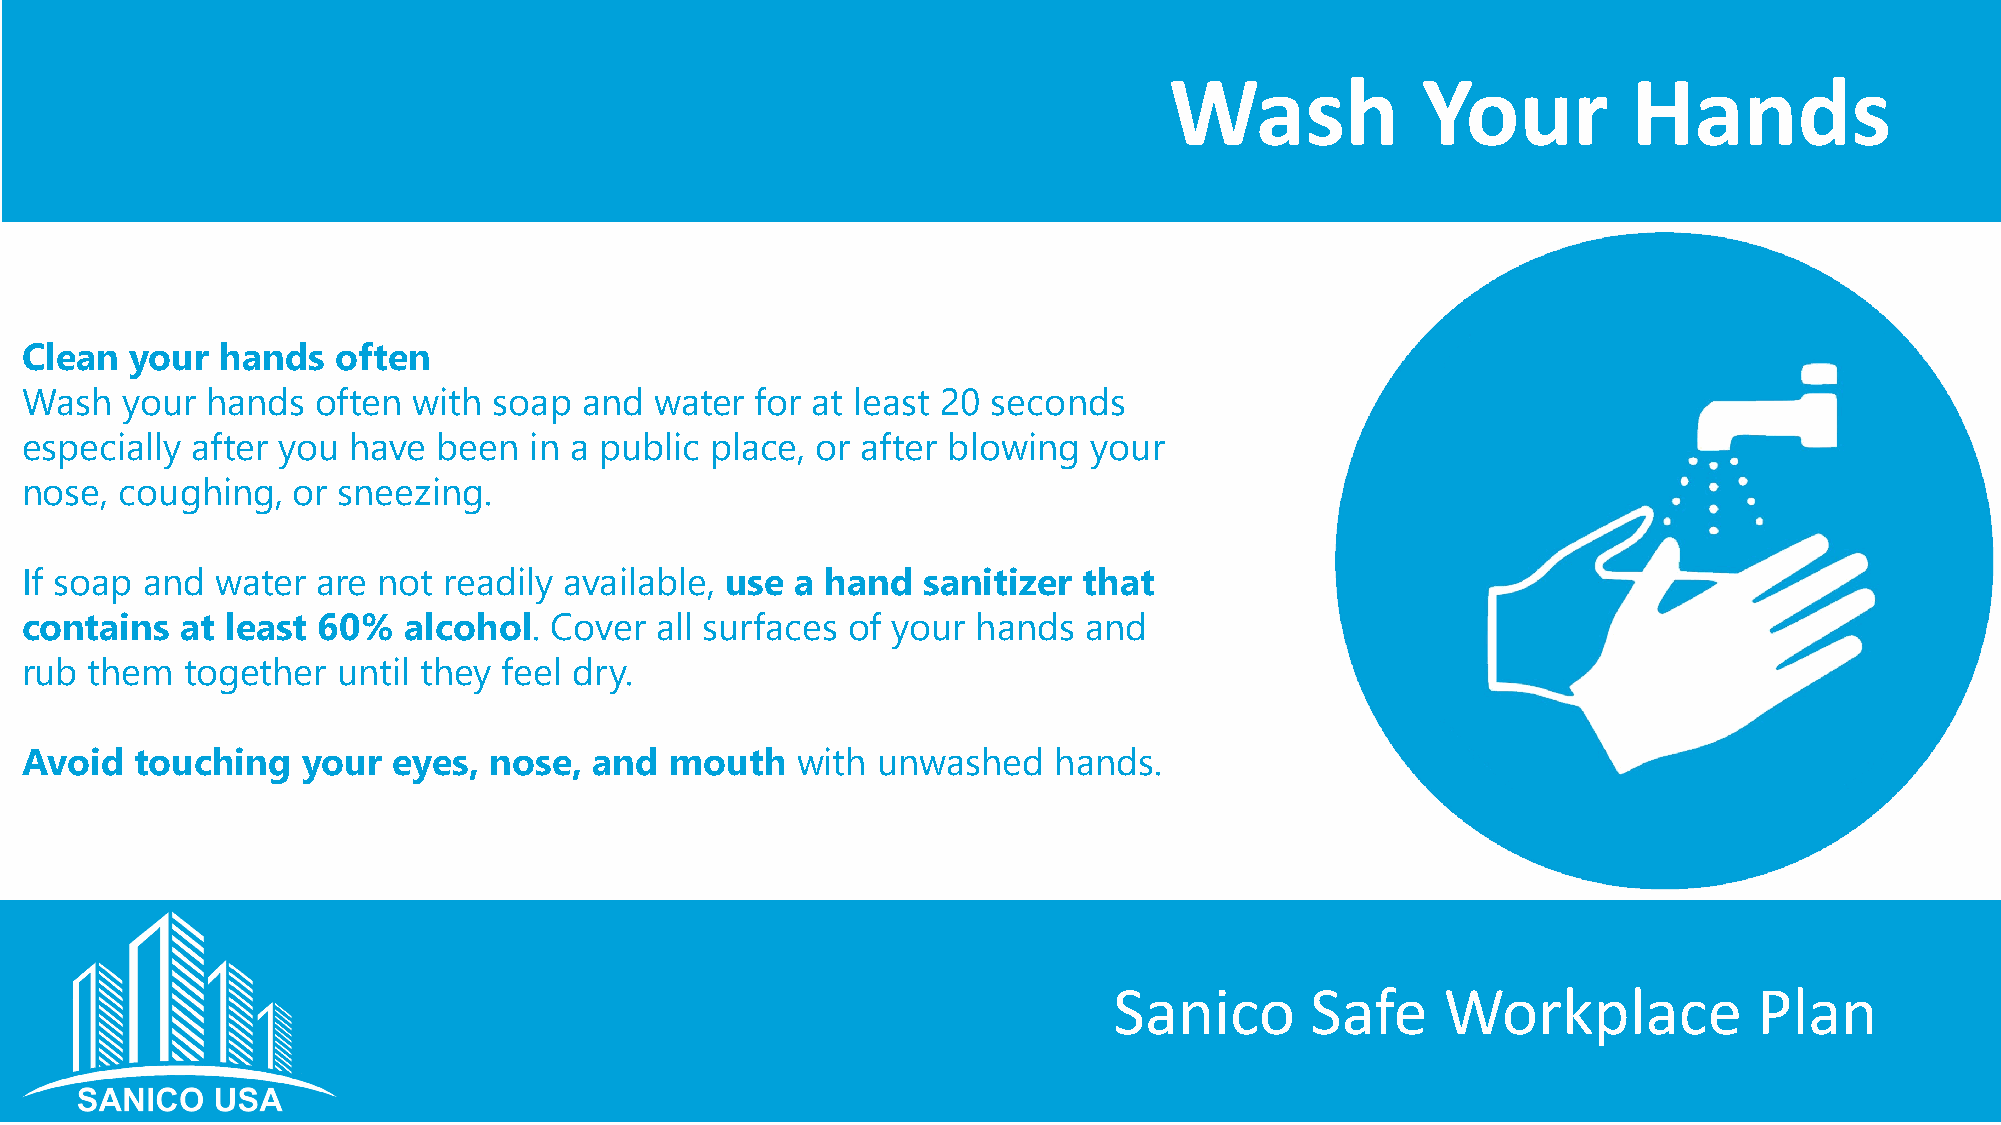
Wash             Your          Hands
 Clean   your  hands  often
 Wash   your  hands  often with  soap and  water  for at least 20 seconds
 especially  after you have  been  in a public place, or after blowing  your
 nose,  coughing,  or sneezing.
 If soap and  water  are not readily available, use  a hand  sanitizer  that
 contains   at least 60%   alcohol. Cover  all surfaces of your  hands  and
 rub  them  together  until they feel dry.
 Avoid   touching   your  eyes, nose,  and  mouth    with unwashed    hands.
 Sanico       Safe     Workplace           Plan